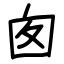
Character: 囪